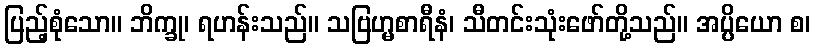
ပြည့်စုံသော။ ဘိက္ခု၊ ရဟန်းသည်။ သဗြဟ္မစာရီနံ၊ သီတင်းသုံးဖော်တို့သည်။ အပ္ပိယော စ၊